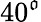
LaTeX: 40^{\mathfrak{o}}